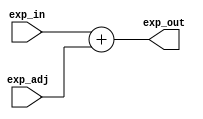
module exp_add_final (exp_in, exp_adj, exp_out);

    input [7:0] exp_in;
    input [7:0] exp_adj;
    output [7:0] exp_out;

    assign exp_out = exp_in + exp_adj;

endmodule